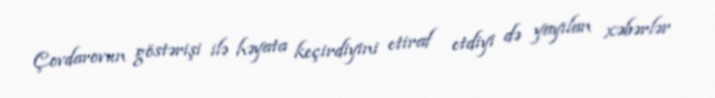
Çovdarovun göstərişi ilə həyata keçirdiyini etiraf etdiyi də yayılan xəbərlər